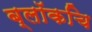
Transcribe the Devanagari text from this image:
ब्लॉकचि